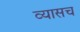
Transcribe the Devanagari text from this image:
व्यासच